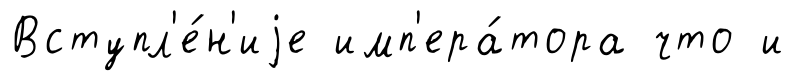
Вступл'е́н'иjе имп'ера́тора что и